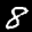
Label: 8